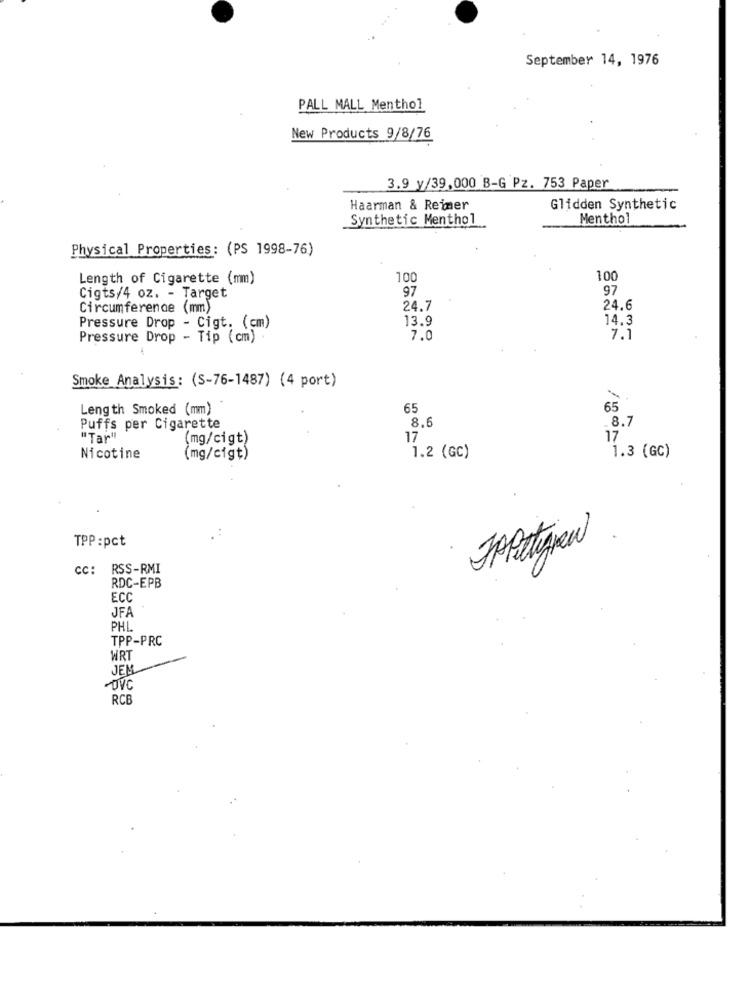
September 14, 1976
PALL MALL Menthol
New Products 9/8/76
3.9 y/39,000 8-G Pz. 753 Paper
Haarman & Reimer
Glidden Synthetic
Synthetic Menthol
Menthol
Physical Properties: (PS 1998-76)
Length of Cigarette (mm)
100
100
97
97
Cigts/4 oz. - Target
Circumference (mm)
24.7
24.6
13.9
14.3
Pressure Drop - Cigt. (cm)
Pressure Drop - Tip (cm) .
7.0
7.1
Smoke Analysis: (S-76-1487) (4 port)
Length Smoked (mm)
65
65
8.6
Puffs per Cigarette
_8.7
"Tar"
(mg/cigt)
17
17
Nicotine
(mg/cigt)
1.2 (GC)
1.3 (GC)
TPP :pct
RSS-RMI
RDC-EPB
ECC
JFA
PHL
TPP-PRC
WRT
JEM
RCE